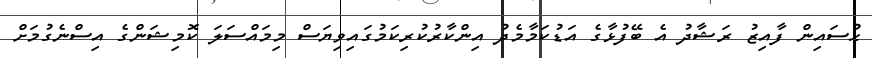
ޙުސައިން ފާއިޒު ރަޝާދު އެ ބޭފުޅާގެ އަޑުކަމާމެދު އިންކާރުކުރިކަމުގައިވިޔަސް މިމައްސަލަ ކޮމިޝަންގެ އިސްނެގުމަށް